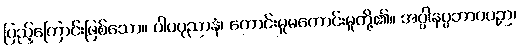
ပြည့်ကြောင်းဖြစ်သော။ ပါပပုညာနံ၊ ကောင်းမှုမကောင်းမှုတို့၏။ အပ္ပါနပ္ပဘာဝပဉှာ၊